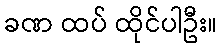
ခဏ ထပ် ထိုင်ပါဦး။